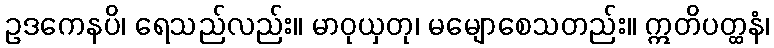
ဥဒကေနပိ၊ ရေသည်လည်း။ မာဝုယှတု၊ မမျောစေသတည်း။ ဣတိပတ္ထနံ၊